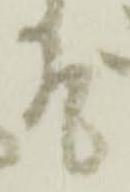
そ